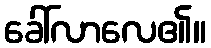
ခေါ်လာလေ၏။